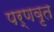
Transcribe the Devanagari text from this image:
पर्णवृत